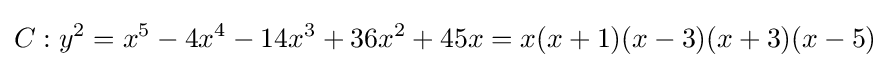
C:y^{2}=x^{5}-4x^{4}-14x^{3}+36x^{2}+45x=x(x+1)(x-3)(x+3)(x-5)